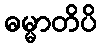
ဓမ္မာတိပိ